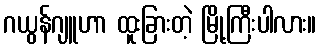
ဂယွန်ဂျူဟာ ထူးခြားတဲ့ မြို့ကြီးပါလား။